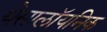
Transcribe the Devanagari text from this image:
थेसालॉयनिक